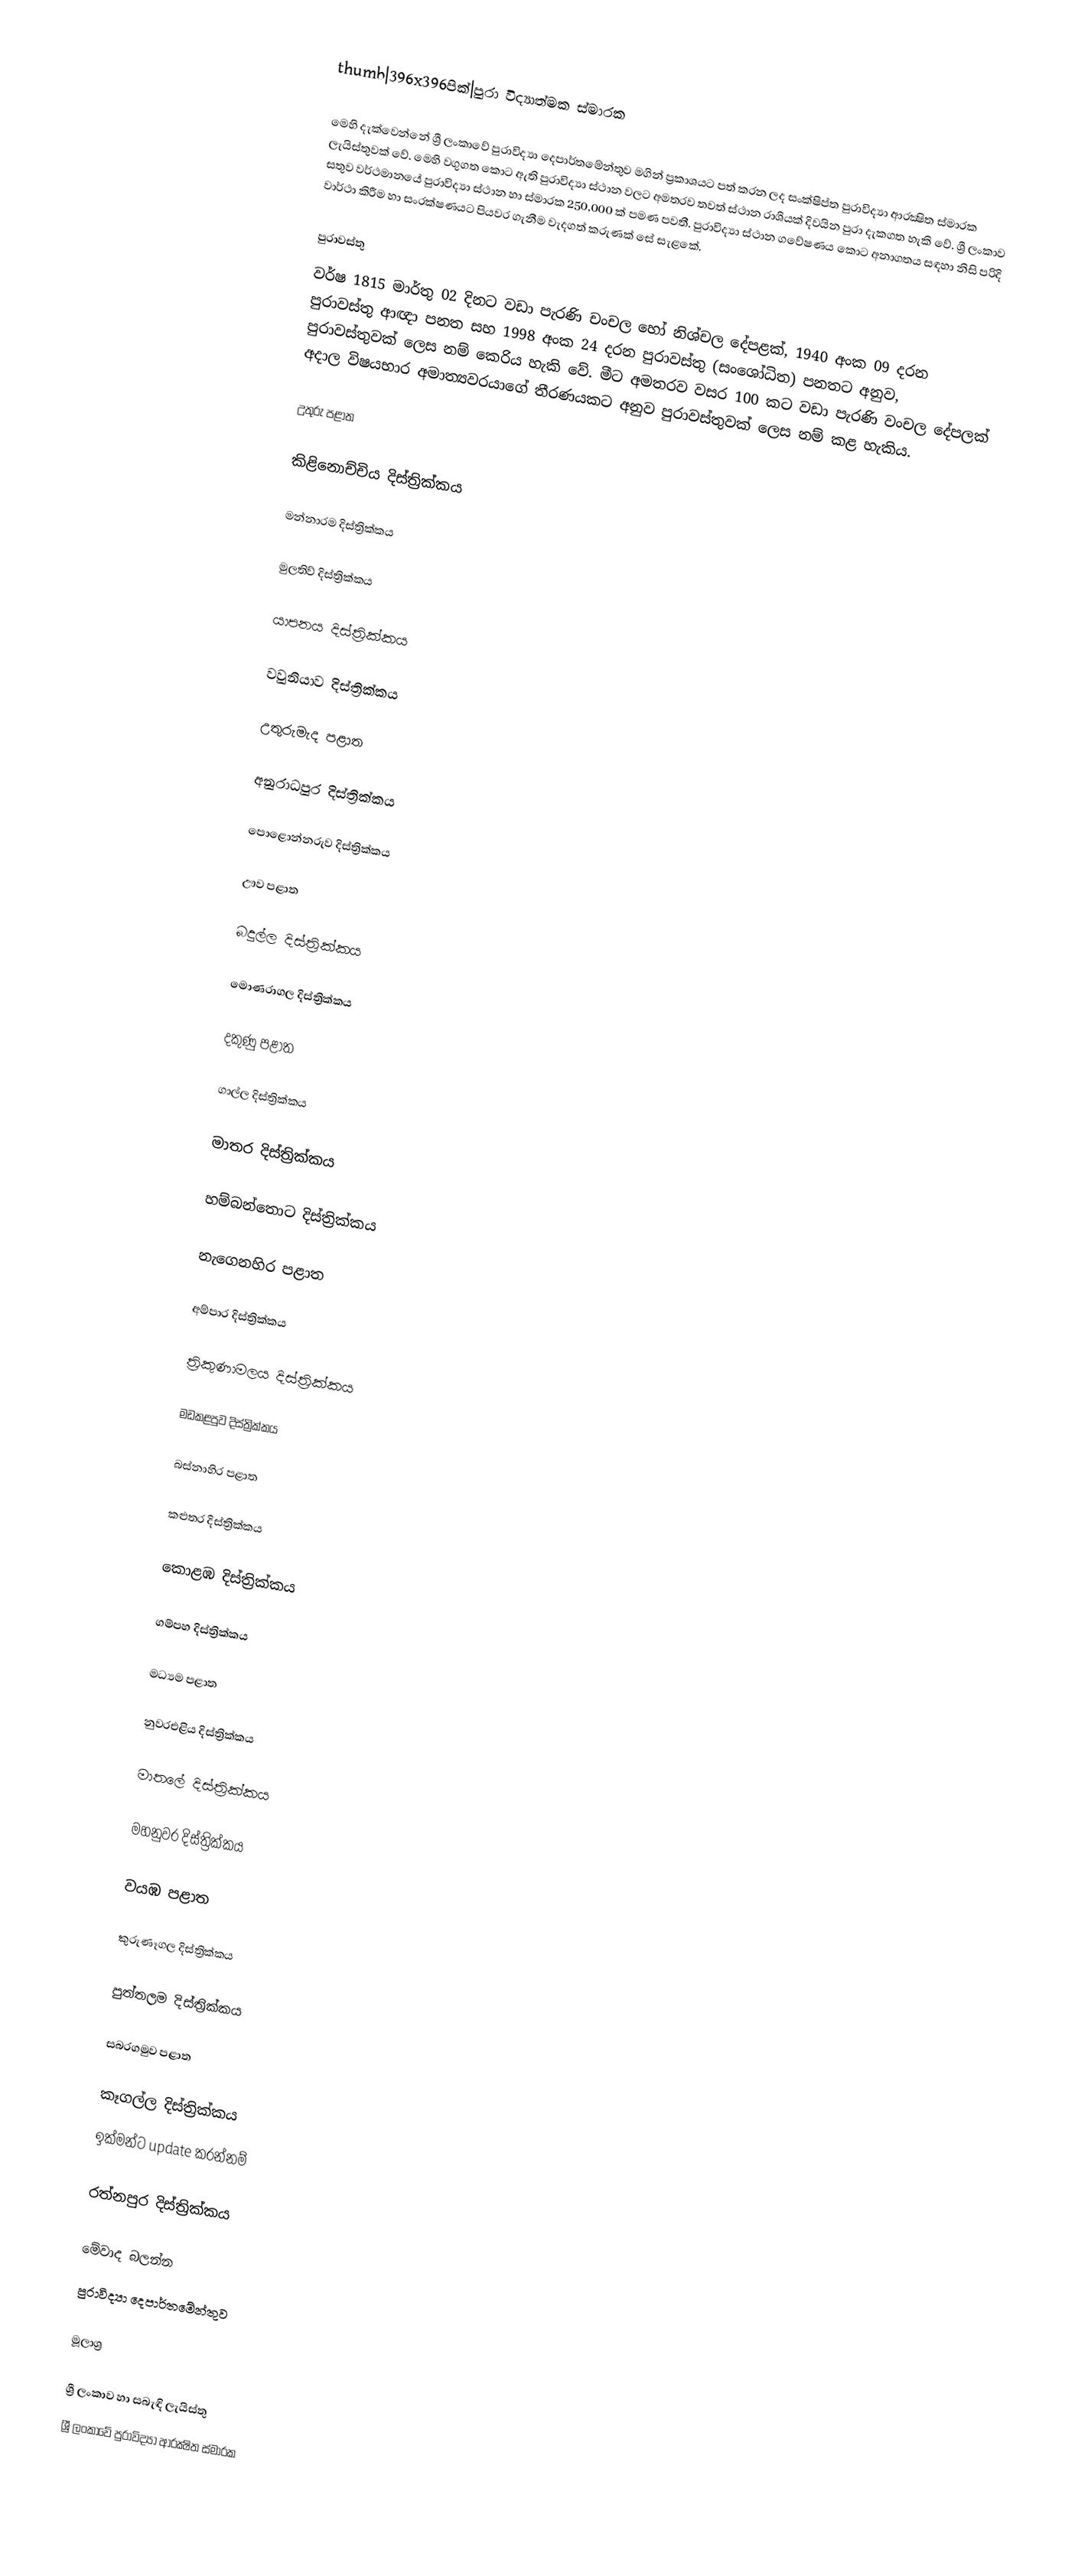
thumb|396x396පික්|පුරා විද්‍යාත්මක ස්මාරක

මෙහි දැක්වෙන්නේ ශ්‍රී ලංකාවේ පුරාවිද්‍යා දෙපාර්තමේන්තුව මගින් ප්‍රකාශයට පත් කරන ලද සංක්ෂිප්ත පුරාවිද්‍යා ආරක්‍ෂිත ස්මාරක ලැයිස්තුවක් වේ. මෙහි වගුගත කොට ඇති පුරාවිද්‍යා ස්ථාන වලට අමතරව තවත් ස්ථාන රාශියක් දිවයින පුරා දැකගත හැකි වේ. ශ්‍රී ලංකාව සතුව වර්ථමානයේ පුරාවිද්‍යා ස්ථාන හා ස්මාරක 250,000 ක් පමණ පවතී.  පුරාවිද්‍යා ස්ථාන ගවේෂණය කොට අනාගතය සඳහා නිසි පරිදි වාර්ථා කිරීම හා සංරක්ෂණයට පියවර ගැනීම වැදගත් කරුණක් සේ සැළකේ.

පුරාවස්තු
වර්ෂ 1815 මාර්තු 02 දිනට වඩා පැරණි චංචල හෝ නිශ්චල දේපළක්, 1940 අංක 09 දරන පුරාවස්තු ආඥා පනත සහ 1998 අංක 24 දරන පුරාවස්තු (සංශෝධිත) පනතට අනුව, පුරාවස්තුවක් ලෙස නම් කෙරිය හැකි වේ. මීට අමතරව වසර 100 කට වඩා පැරණි වංචල දේපලක් අදාල විෂයභාර අමාත්‍යවරයාගේ තීරණයකට අනුව පුරාවස්තුවක් ලෙස නම් කළ හැකිය.

උතුරු පළාත

කිළිනොච්චිය‎ දිස්ත්‍රික්කය

මන්නාරම දිස්ත්‍රික්කය‎

මුලතිව් දිස්ත්‍රික්කය

යාපනය‎ දිස්ත්‍රික්කය

වවුනියාව දිස්ත්‍රික්කය‎

උතුරුමැද පළාත

අනුරාධපුර දිස්ත්‍රික්කය

පොළොන්නරුව දිස්ත්‍රික්කය

ඌව පළාත

බදුල්ල දිස්ත්‍රික්කය

මොණරාගල දිස්ත්‍රික්කය

දකුණු පළාත

ගාල්ල දිස්ත්‍රික්කය

මාතර දිස්ත්‍රික්කය

හම්බන්තොට දිස්ත්‍රික්කය

නැගෙනහිර පළාත

අම්පාර දිස්ත්‍රික්කය

ත්‍රිකුණාමලය දිස්ත්‍රික්කය

මඩකළපුව දිස්ත්‍රික්කය

බස්නාහිර පළාත

කළුතර දිස්ත්‍රික්කය

කොළඹ දිස්ත්‍රික්කය

ගම්පහ දිස්ත්‍රික්කය

මධ්‍යම පළාත

නුවරඑළිය දිස්ත්‍රික්කය

මාතලේ දිස්ත්‍රික්කය

මහනුවර දිස්ත්‍රික්කය

වයඹ පළාත

කුරුණෑගල දිස්ත්‍රික්කය

පුත්තලම දිස්ත්‍රික්කය

සබරගමුව පළාත

කෑගල්ල දිස්ත්‍රික්කය
ඉක්මන්ට update කරන්නම්

රත්නපුර දිස්ත්‍රික්කය

මේවාද බලන්න
පුරාවිද්‍යා දෙපාර්තමේන්තුව

මූලාශ්‍ර

ශ්‍රී ලංකාව හා සබැඳි ලැයිස්තු
ශ්‍රී ලංකාවේ පුරාවිද්‍යා ආරක්‍ෂිත ස්මාරක